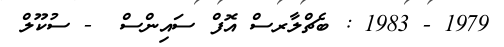
1979 - 1983 : ބެޗްލާރސް އޮފް ސައިންސް  - ސުކޫލް